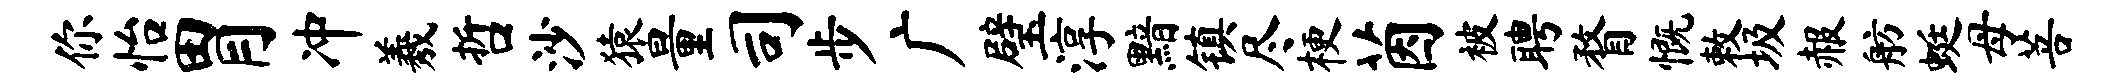
你怡胃冲羲哲沙猿量司步广璧淳黯镇尽梗茵被聘瞀慨敕圾赧舫蜓母菩